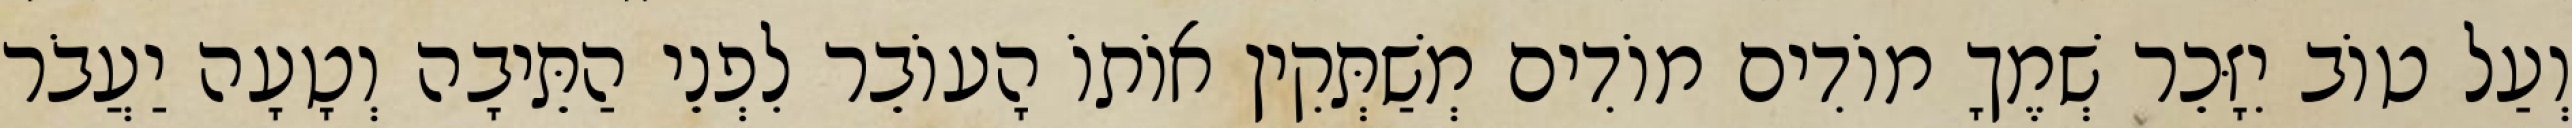
וְעַל טוֹב יִזָּכֵר שְׁמֶךָ מוֹדִים מוֹדִים מְשַׁתְּקִין אוֹתוֹ הָעוֹבֵר לִפְנֵי הַתֵּיבָה וְטָעָה יַעֲבֹר